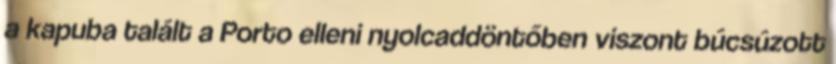
a kapuba talált a Porto elleni nyolcaddöntőben viszont búcsúzott